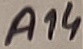
Text: A14